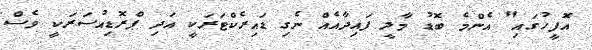
އޮފީހުގައި" އެންމެ ބޮޑު މާލީ ފައިދާއެއް ނެގި ޑައިރެކްޓަރަކީ އަދި ޕްރޮޑިއުސަރަކީ ވެސް